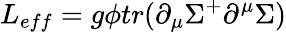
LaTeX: L_{eff}=g\phi tr(\partial_{\mu}\Sigma^{+}\partial^{\mu}\Sigma)